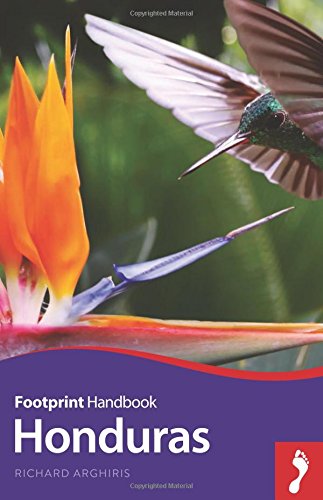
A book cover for Honduras Handbook (Footprint - Handbooks); Richard Arghiris; Travel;